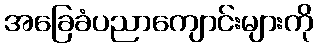
အခြေခံပညာကျောင်းများကို